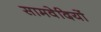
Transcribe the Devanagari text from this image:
सामवेदियों